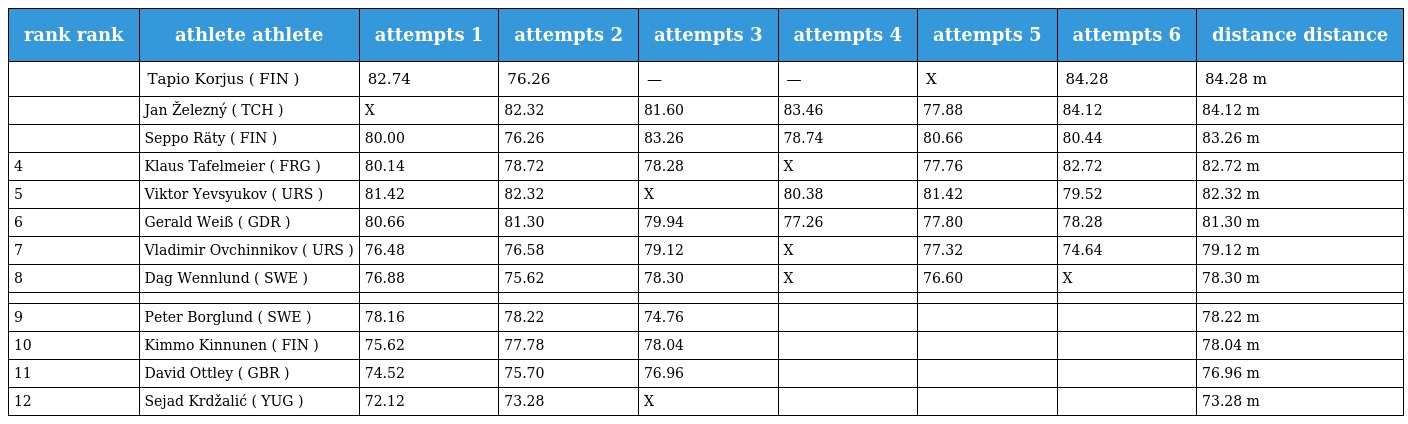
| rank rank | athlete athlete | attempts 1 | attempts 2 | attempts 3 | attempts 4 | attempts 5 | attempts 6 | distance distance |
 | --- | --- | --- | --- | --- | --- | --- | --- | --- |
 |  | Tapio Korjus ( FIN ) | 82.74 | 76.26 | — | — | X | 84.28 | 84.28 m |
 |  | Jan Železný ( TCH ) | X | 82.32 | 81.60 | 83.46 | 77.88 | 84.12 | 84.12 m |
 |  | Seppo Räty ( FIN ) | 80.00 | 76.26 | 83.26 | 78.74 | 80.66 | 80.44 | 83.26 m |
 | 4 | Klaus Tafelmeier ( FRG ) | 80.14 | 78.72 | 78.28 | X | 77.76 | 82.72 | 82.72 m |
 | 5 | Viktor Yevsyukov ( URS ) | 81.42 | 82.32 | X | 80.38 | 81.42 | 79.52 | 82.32 m |
 | 6 | Gerald Weiß ( GDR ) | 80.66 | 81.30 | 79.94 | 77.26 | 77.80 | 78.28 | 81.30 m |
 | 7 | Vladimir Ovchinnikov ( URS ) | 76.48 | 76.58 | 79.12 | X | 77.32 | 74.64 | 79.12 m |
 | 8 | Dag Wennlund ( SWE ) | 76.88 | 75.62 | 78.30 | X | 76.60 | X | 78.30 m |
 |  |  |  |  |  |  |  |  |  |
 | 9 | Peter Borglund ( SWE ) | 78.16 | 78.22 | 74.76 |  |  |  | 78.22 m |
 | 10 | Kimmo Kinnunen ( FIN ) | 75.62 | 77.78 | 78.04 |  |  |  | 78.04 m |
 | 11 | David Ottley ( GBR ) | 74.52 | 75.70 | 76.96 |  |  |  | 76.96 m |
 | 12 | Sejad Krdžalić ( YUG ) | 72.12 | 73.28 | X |  |  |  | 73.28 m |